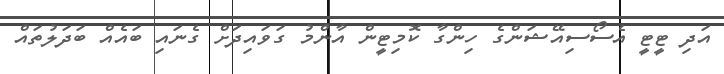
އަދި ޓީޓީ އެސޯސިއޭޝަންގެ ހިންގާ ކޮމިޓީން އާންމު ގަވައިދަށް ގެނައި ބައެއް ބަދަލުތައް